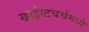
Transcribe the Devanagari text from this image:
ख्राईस्टचर्चमध्ये